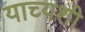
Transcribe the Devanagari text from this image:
याच्यशी